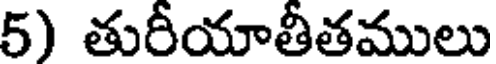
5) తురీయాతీతములు